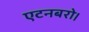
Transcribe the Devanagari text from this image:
एटनबरो।